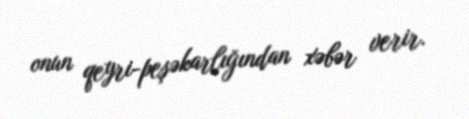
onun qeyri-peşəkarlığından xəbər verir.